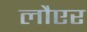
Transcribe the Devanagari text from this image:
लौएर